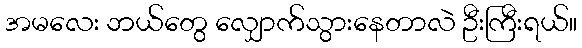
အမလေး ဘယ်တွေ လျှောက်သွားနေတာလဲ ဦးကြီးရယ်။